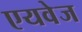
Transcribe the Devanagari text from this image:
एयवेज